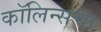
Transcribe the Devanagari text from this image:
कॉलिन्सचा